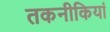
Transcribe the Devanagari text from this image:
तकनीकियां